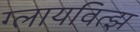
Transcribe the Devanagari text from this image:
ग्लायवित्झ